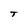
Character: T